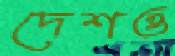
দেশও